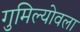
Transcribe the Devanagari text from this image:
गुमिल्योवला